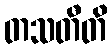
တသတီတိ